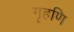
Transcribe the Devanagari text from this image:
गृहणि